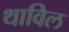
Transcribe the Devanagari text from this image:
थाविल